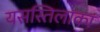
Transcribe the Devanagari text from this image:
यसस्तिलाका